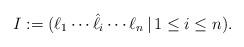
LaTeX: \begin{align*}I:= (\ell_1\cdots \hat{\ell_i}\cdots \ell_n\,|\, 1\leq i\leq n).\end{align*}